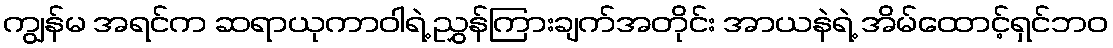
ကျွန်မ အရင်က ဆရာယုကာဝါရဲ့ ညွှန်ကြားချက်အတိုင်း အာယနဲရဲ့ အိမ်ထောင့်ရှင်ဘဝ